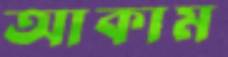
আকাম